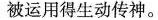
被运用得生动传神。